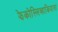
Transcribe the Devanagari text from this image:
झेकोस्लिव्हाकियाला